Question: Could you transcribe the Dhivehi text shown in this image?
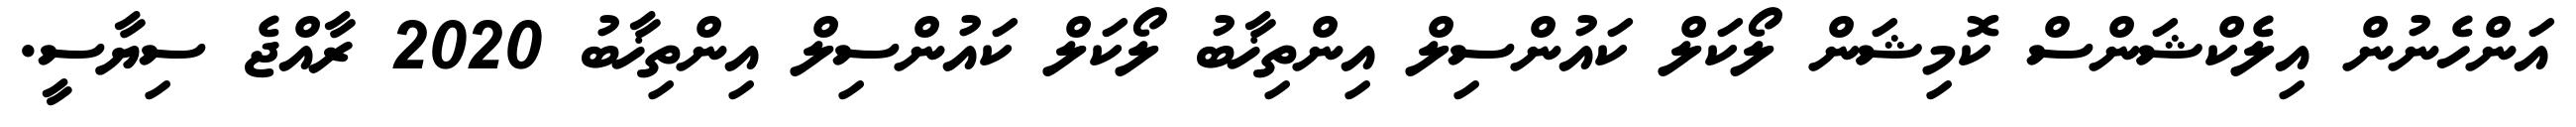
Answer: އަންހެނުން އިލެކްޝަންސް ކޮމިޝަން ލޯކަލް ކައުންސިލް އިންތިޚާބު ލޯކަލް ކައުންސިލް އިންތިޚާބު 2020 ރާއްޖެ ސިޔާސީ.